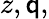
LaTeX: z,\mathsf{q},